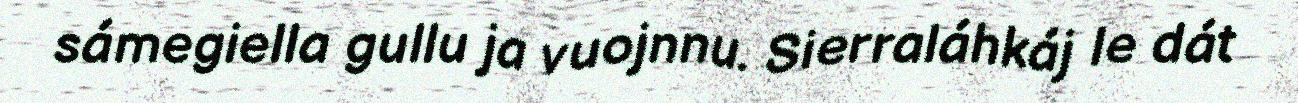
sámegiella gullu ja vuojnnu. Sierraláhkáj le dát